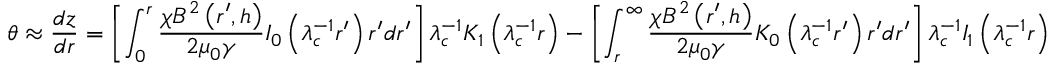
\theta \approx \frac { d z } { d r } = \left[ \int _ { 0 } ^ { r } \frac { \chi B ^ { 2 } \left( r ^ { \prime } , h \right) } { 2 \mu _ { 0 } \gamma } I _ { 0 } \left( \lambda _ { c } ^ { - 1 } r ^ { \prime } \right) r ^ { \prime } d r ^ { \prime } \right] \lambda _ { c } ^ { - 1 } K _ { 1 } \left( \lambda _ { c } ^ { - 1 } r \right) - \left[ \int _ { r } ^ { \infty } \frac { \chi B ^ { 2 } \left( r ^ { \prime } , h \right) } { 2 \mu _ { 0 } \gamma } K _ { 0 } \left( \lambda _ { c } ^ { - 1 } r ^ { \prime } \right) r ^ { \prime } d r ^ { \prime } \right] \lambda _ { c } ^ { - 1 } I _ { 1 } \left( \lambda _ { c } ^ { - 1 } r \right)